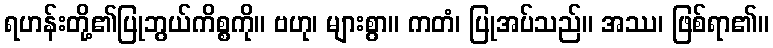
ရဟန်းတို့၏ပြုဘွယ်ကိစ္စကို။ ဗဟု၊ များစွာ။ ကတံ၊ ပြုအပ်သည်။ အဿ၊ ဖြစ်ရာ၏။